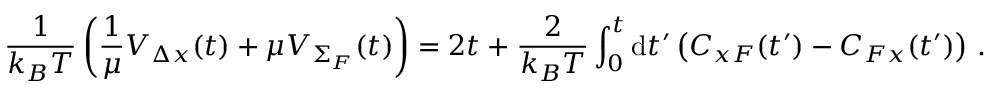
\frac { 1 } { k _ { B } T } \left( \frac { 1 } { \mu } { \cal V } _ { \Delta x } ( t ) + \mu { \cal V } _ { \Sigma _ { F } } ( t ) \right) = 2 t + \frac { 2 } { k _ { B } T } \int _ { 0 } ^ { t } \mathrm { d } t ^ { \prime } \left( C _ { x F } ( t ^ { \prime } ) - C _ { F x } ( t ^ { \prime } ) \right) \, .